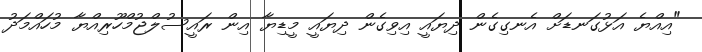
"އިއްޔެ އަޅުގަނޑަށް އެނގިގެން ދިޔައީ އިވިގެން ދިޔައީ މީޑިޔާ އިން ރައީސުލްޖުމްހޫރިއްޔާ މުހައްމަދު